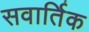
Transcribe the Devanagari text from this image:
सवार्तिक